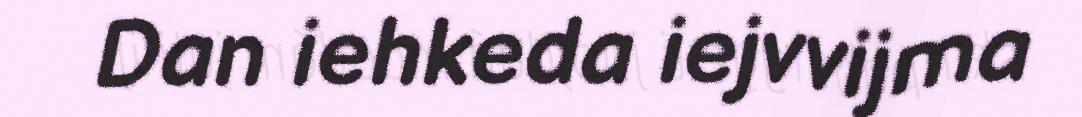
Dan iehkeda iejvvijma